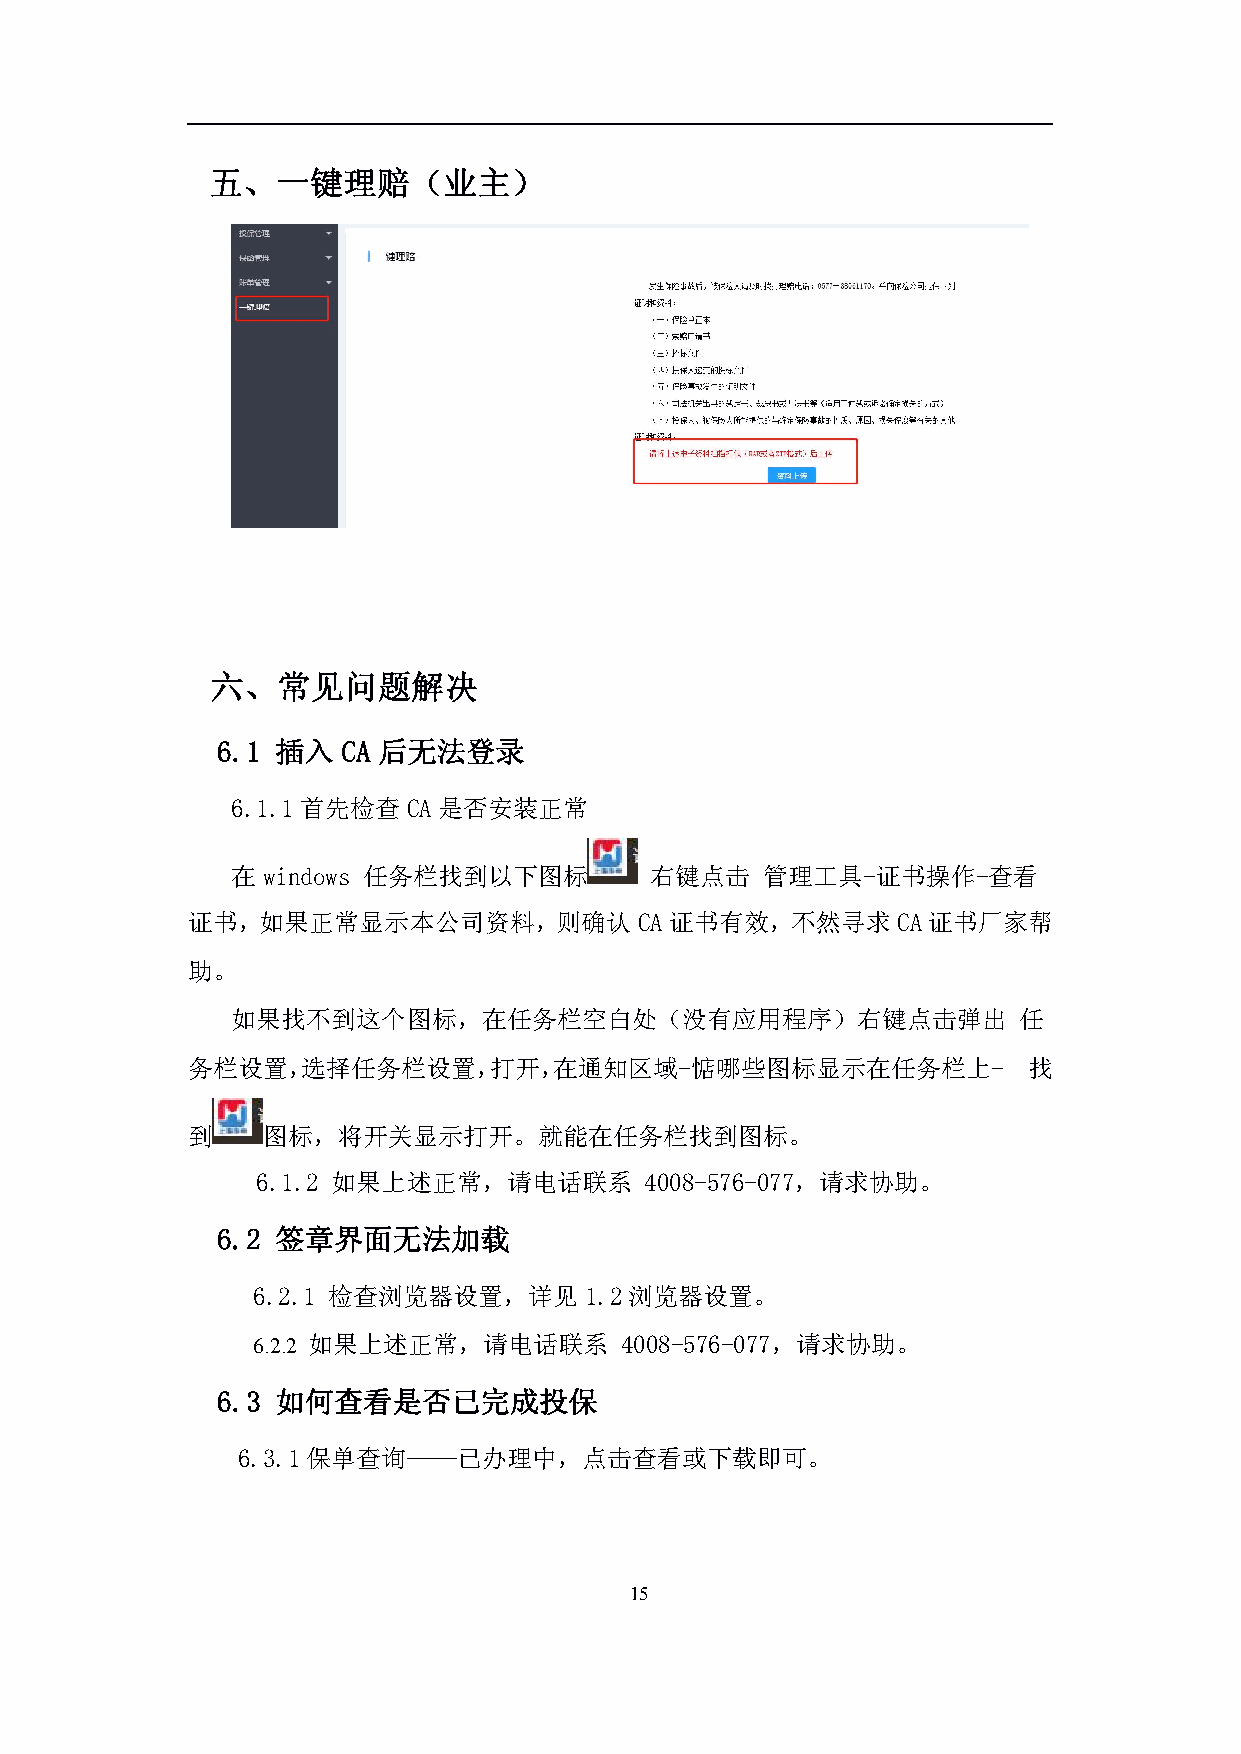
五、一键理赔（业主）
 六、常见问题解决
 6.1 插入   CA 后无法登录
 6.1.1首先检查CA是否安装正常
 在windows 任务栏找到以下图标          右键点击   管理工具-证书操作-查看
 证书，如果正常显示本公司资料，则确认CA证书有效，不然寻求CA证书厂家帮
 助。
 如果找不到这个图标，在任务栏空白处（没有应用程序）右键点击弹出                     任
 务栏设置，选择任务栏设置，打开，在通知区域-惦哪些图标显示在任务栏上-                     找
 到    图标，将开关显示打开。就能在任务栏找到图标。
 6.1.2 如果上述正常，请电话联系        4008-576-077，请求协助。
 6.2 签章界面无法加载
 6.2.1 检查浏览器设置，详见1.2浏览器设置。
 如果上述正常，请电话联系         4008-576-077，请求协助。
 6.2.2
 6.3 如何查看是否已完成投保
 6.3.1保单查询——已办理中，点击查看或下载即可。
 15